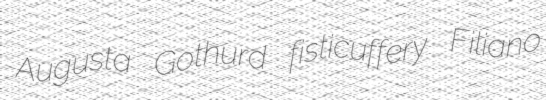
Augusta Gothurd fisticuffery Filiano